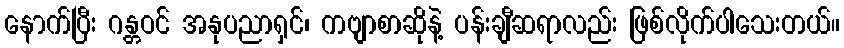
နောက်ပြီး ဂန္တဝင် အနုပညာရှင်၊ ကဗျာစာဆိုနဲ့ ပန်းချီဆရာလည်း ဖြစ်လိုက်ပါသေးတယ်။